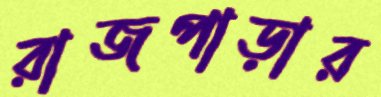
রাজপাড়ার